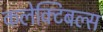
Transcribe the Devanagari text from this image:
कलेक्टिबल्स